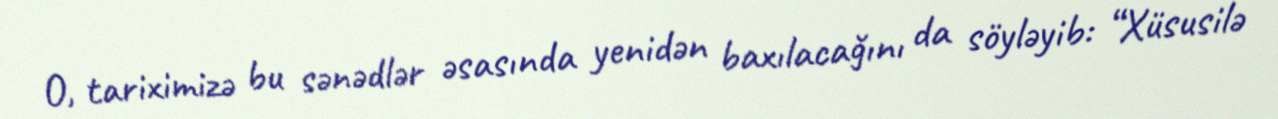
O, tariximizə bu sənədlər əsasında yenidən baxılacağını da söyləyib: “Xüsusilə